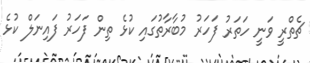
ޗެތްރީ ވަނީ ހަތަރު ފަހަރު މުބާރާތުގައި ކުޅެ ތިން ފަހަރު ފައިނަލް ކުޅެ